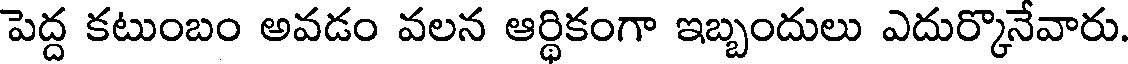
పెద్ద కటుంబం అవడం వలన ఆర్థికంగా ఇబ్బందులు ఎదుర్కొనేవారు.